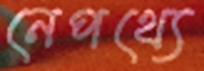
নেপথ্যে